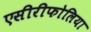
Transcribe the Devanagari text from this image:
एसीरीफोलिया